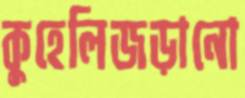
কুহেলিজড়ানো